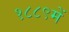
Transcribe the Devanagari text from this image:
१८८९में